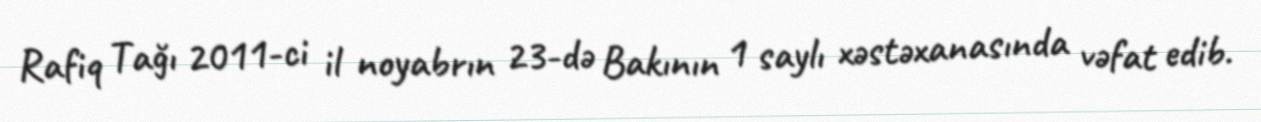
Rafiq Tağı 2011-ci il noyabrın 23-də Bakının 1 saylı xəstəxanasında vəfat edib.